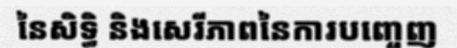
នៃសិទ្ធិ និងសេរីភាពនៃការបញ្ចេញ